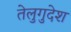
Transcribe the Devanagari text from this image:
तेलुगुदेश